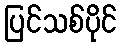
ပြင်သစ်ပိုင်